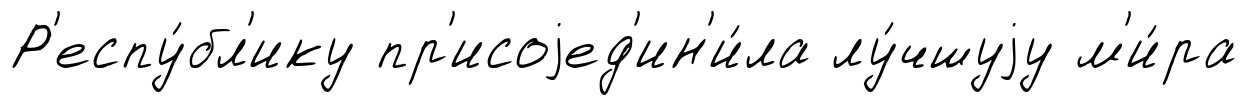
Р'еспу́бл'ику пр'исоjед'ин'и́ла лу́чшуjу м'и́ра